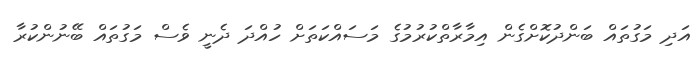
އަދި މަގުތައް ބަންދުކޮށްގެން އިމާރާތްކުރުމުގެ މަސައްކަތަށް ހުއްދަ ދެނީ ވެސް މަގުތައް ބޭނުންކުރާ